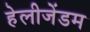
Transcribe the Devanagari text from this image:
हेलीजेंडम